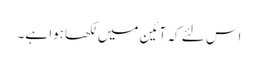
اس لئے کہ آئین میں لکھا ہوا ہے۔